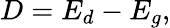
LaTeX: D=E_{d}-E_{g},